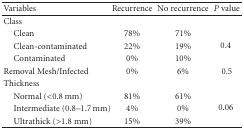
<table><thead><tr><td><b>Variables</b></td><td><b>Recurrence </b></td><td><b>No recurrence </b></td><td><b><i>P</i> value </b></td></tr></thead><tbody><tr><td>Class</td><td> </td><td> </td><td> </td></tr><tr><td> Clean </td><td>78% </td><td>71% </td><td rowspan="3">0.4 </td></tr><tr><td> Clean-contaminated </td><td>22% </td><td>19% </td></tr><tr><td> Contaminated </td><td>0% </td><td>10% </td></tr><tr><td>Removal Mesh/Infected</td><td>0% </td><td>6% </td><td>0.5 </td></tr><tr><td>Thickness</td><td> </td><td> </td><td> </td></tr><tr><td> Normal (&lt;0.8 mm)</td><td>81% </td><td>61% </td><td rowspan="3">0.06 </td></tr><tr><td> Intermediate (0.8–1.7 mm)</td><td>4% </td><td>0% </td></tr><tr><td> Ultrathick (&gt;1.8 mm)</td><td>15% </td><td>39% </td></tr></tbody></table>